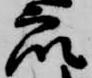
衆